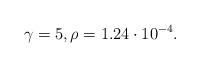
LaTeX: \begin{align*}\gamma = 5,\rho = 1.24\cdot 10^{-4}.\end{align*}